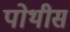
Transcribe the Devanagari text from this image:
पोथीस